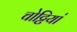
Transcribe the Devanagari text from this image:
चोट्टियां